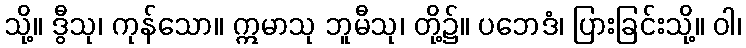
သို့။ ဒွီသု၊ ကုန်သော။ ဣမာသု ဘူမီသု၊ တို့၌။ ပဘေဒံ၊ ပြားခြင်းသို့။ ဝါ၊